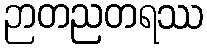
ဉာတညတရဿ